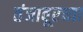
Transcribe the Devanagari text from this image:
तंजावूरच्या